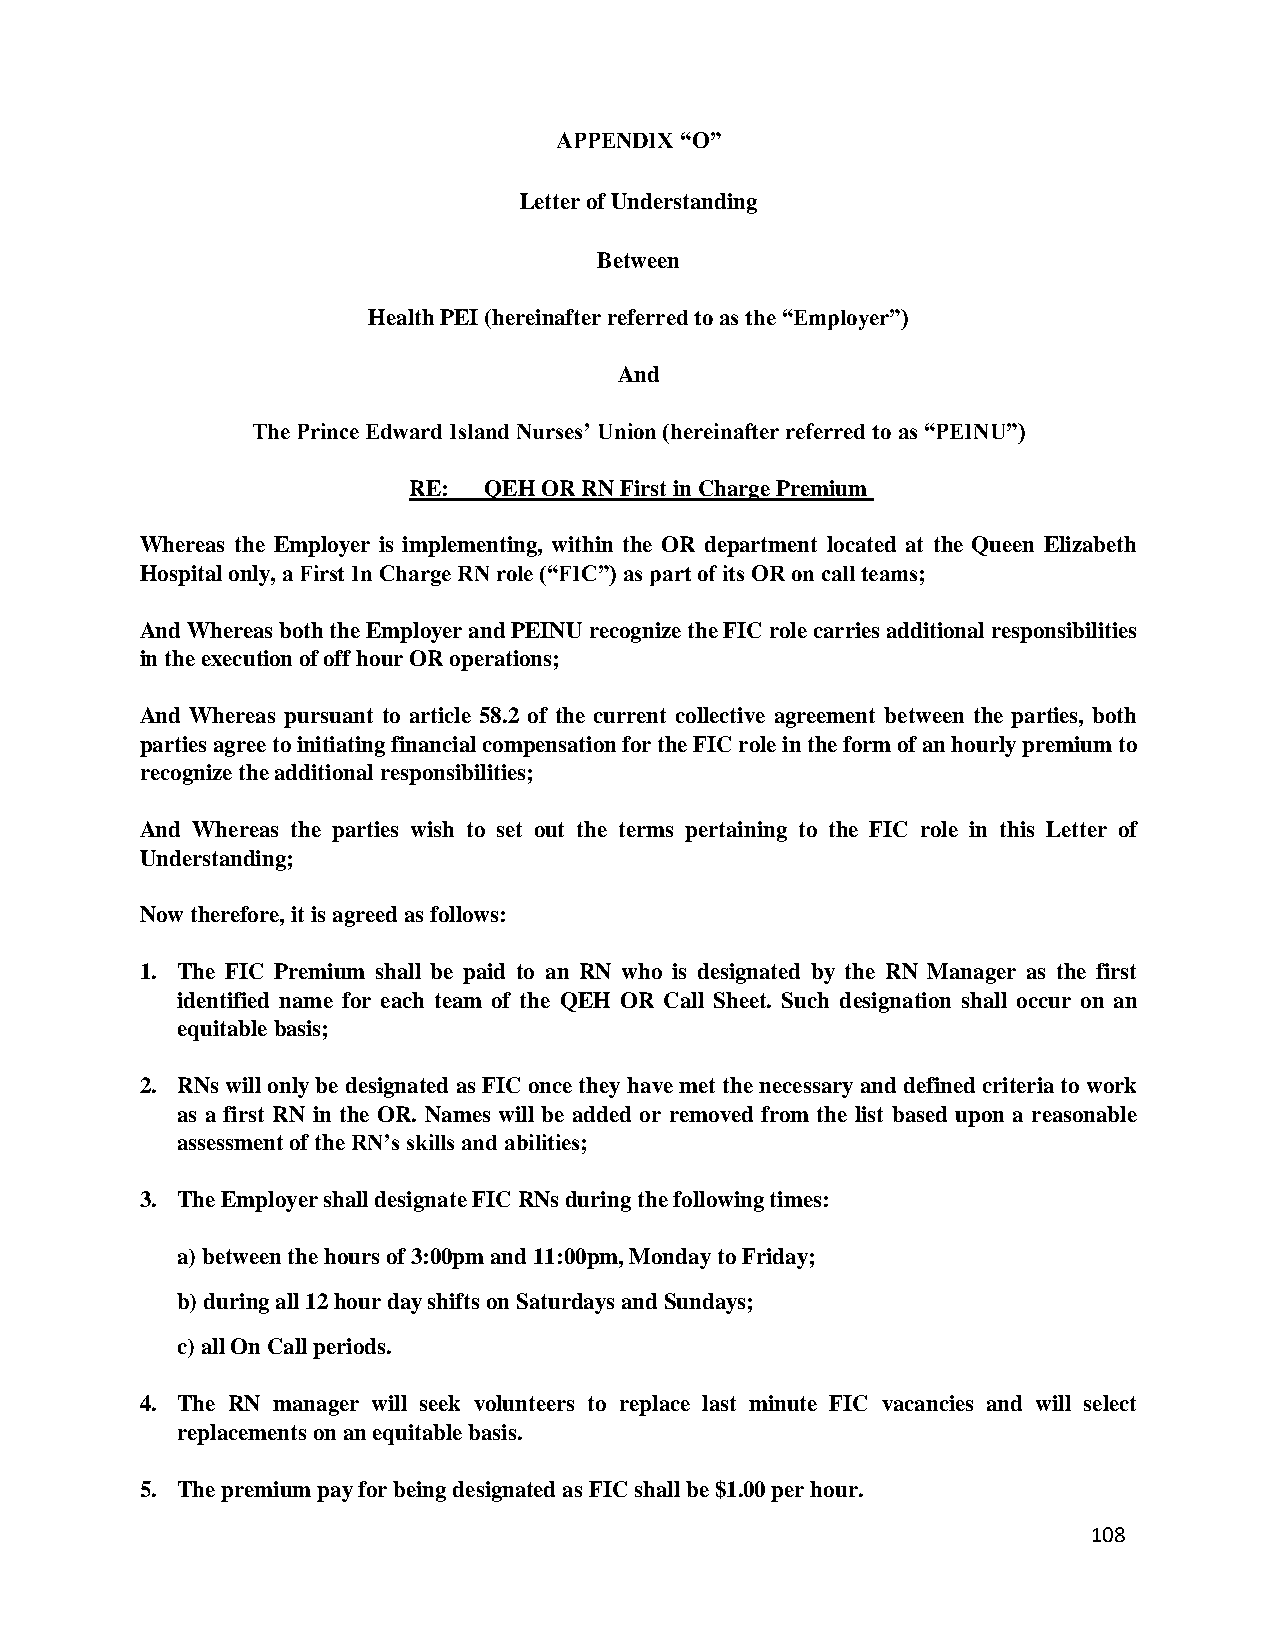
APPENDIX “O”
 Letter of Understanding
 Between
 Health PEI (hereinafter referred to as the “Employer”)
 And
 The Prince Edward Island Nurses’ Union (hereinafter referred to as “PEINU”)
 RE:  QEH OR RN First in Charge Premium
 Whereas the Employer is implementing, within the OR department located at the Queen Elizabeth
 Hospital only, a First In Charge RN role (“FIC”) as part of its OR on call teams;
 And Whereas both the Employer and PEINU recognize the FIC role carries additional responsibilities
 in the execution of off hour OR operations;
 And Whereas pursuant to article 58.2 of the current collective agreement between the parties, both
 parties agree to initiating financial compensation for the FIC role in the form of an hourly premium to
 recognize the additional responsibilities;
 And Whereas the parties wish to set out the terms pertaining to the FIC role in this Letter of
 Understanding;
 Now therefore, it is agreed as follows:
 1. The FIC Premium shall be paid to an RN who is designated by the RN Manager as the first
 identified name for each team of the QEH OR Call Sheet. Such designation shall occur on an
 equitable basis;
 2. RNs will only be designated as FIC once they have met the necessary and defined criteria to work
 as a first RN in the OR. Names will be added or removed from the list based upon a reasonable
 assessment of the RN’s skills and abilities;
 3. The Employer shall designate FIC RNs during the following times:
 a) between the hours of 3:00pm and 11:00pm, Monday to Friday;
 b) during all 12 hour day shifts on Saturdays and Sundays;
 c) all On Call periods.
 4. The RN manager will seek volunteers to replace last minute FIC vacancies and will select
 replacements on an equitable basis.
 5. The premium pay for being designated as FIC shall be $1.00 per hour.
 108